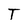
Character: T